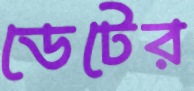
ডেটের